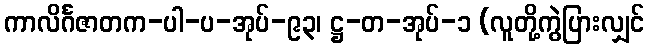
ကာလိင်္ဂဇာတက-ပါ-ပ-အုပ်-၉၃၊ ဋ္ဌ-တ-အုပ်-၁ (လူတို့ကွဲပြားလျှင်